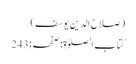
(صلاح الدین یوسف)
کتاب الصلوٰۃ:صفحہ:243